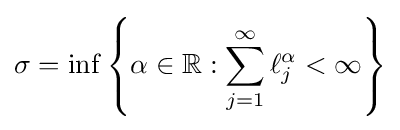
\sigma =\inf \left\{\alpha \in \mathbb {R} :\sum _{j=1}^{\infty }\ell _{j}^{\alpha }<\infty \right\}